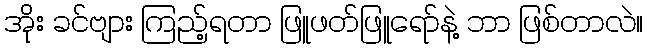
အိုး ခင်ဗျား ကြည့်ရတာ ဖြူဖတ်ဖြူရော်နဲ့ ဘာ ဖြစ်တာလဲ။